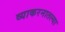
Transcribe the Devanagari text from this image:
व्याकरनातल्या